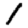
Digit: 1